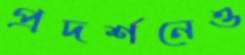
প্রদর্শনেও